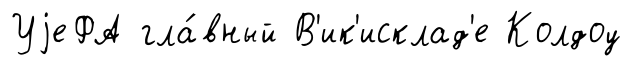
УjеФА гла́вный В'ик'исклад'е Колдоу